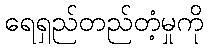
ရေရှည်တည်တံ့မှုကို